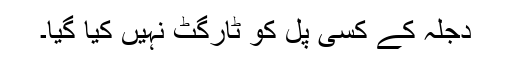
دجلہ کے کسی پل کو ٹارگٹ نہیں کیا گیا۔